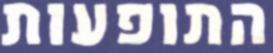
התופעות